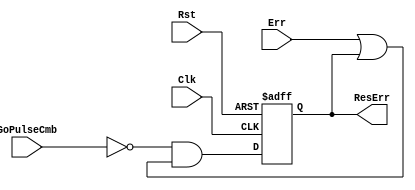
`timescale 1ns / 1ps

module fact_err_stat_reg(
        input           Clk, Rst, GoPulseCmb, Err,
        output  reg     ResErr
    );
    
    always @ (posedge Clk, posedge Rst) 
    begin
        if (Rst)
            ResErr <= 1'b0;
        else
            ResErr <= (~GoPulseCmb) & (Err | ResErr);
    end
endmodule